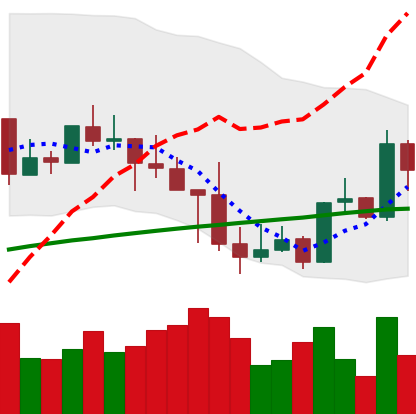
Ticker: LINK-USD
Chart end date: 2019-05-04
Forward return: 29.264%
Label: up_7plus